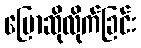
ပြောဆိုလိုက်ခြင်း